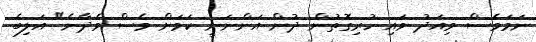
ނަމަވެސް މިއަދު ވައި ހުރިގޮތުން ދުން އަންނަނީ ކަމަށް ވެސް ވެދާނެ" އަލިބެ